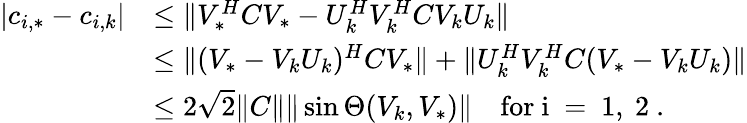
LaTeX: \begin{array}{rl}{|c_{i,*}-c_{i,k}|}&{\leq\| V_{*}^{H}CV_{*}-U_{k}^{H}V_{k}^{H}CV_{k}U_{k}\| }\\ &{\leq\| (V_{*}-V_{k}U_{k})^{H}CV_{*}\| +\| U_{k}^{H}V_{k}^{H}C(V_{*}-V_{k}U_{k})\| }\\ &{\leq 2\sqrt{2}\| C\| \| \sin\Theta(V_{k},V_{*})\| \quad\mathrm{for~i~=~1,~2~}.}\end{array}